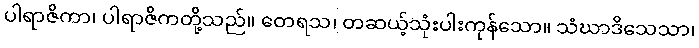
ပါရာဇိကာ၊ ပါရာဇိကတို့သည်။ တေရသ၊ တဆယ့်သုံးပါးကုန်သော။ သံဃာဒိသေသာ၊